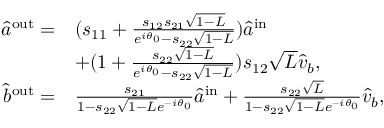
\begin{array} { r l } { \hat { a } ^ { \mathrm { { o u t } } } = } & { ( s _ { 1 1 } + \frac { s _ { 1 2 } s _ { 2 1 } \sqrt { 1 - L } } { e ^ { i \theta _ { 0 } } - s _ { 2 2 } \sqrt { 1 - L } } ) \hat { a } ^ { \mathrm { i n } } } \\ & { + ( 1 + \frac { s _ { 2 2 } \sqrt { 1 - L } } { e ^ { i \theta _ { 0 } } - s _ { 2 2 } \sqrt { 1 - L } } ) s _ { 1 2 } \sqrt { L } \hat { v } _ { b } , } \\ { \hat { b } ^ { \mathrm { { o u t } } } = } & { \frac { s _ { 2 1 } } { 1 - s _ { 2 2 } \sqrt { 1 - L } e ^ { - i \theta _ { 0 } } } \hat { a } ^ { \mathrm { i n } } + \frac { s _ { 2 2 } \sqrt { L } } { 1 - s _ { 2 2 } \sqrt { 1 - L } e ^ { - i \theta _ { 0 } } } \hat { v } _ { b } , } \end{array}